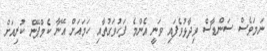
ނަމަވެސް ސަންޑާސް ވިދާޅުވެފައި ވަނީ އެންމެ ފަހުވަގުތާއި ހަމައަށް އޭނާ ކެމްޕޭން ކުރިއަށް